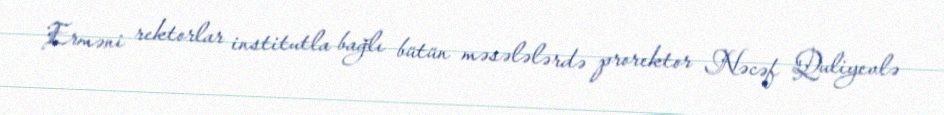
Erməni rektorlar institutla bağlı bütün məsələlərdə prorektor Nəcəf Quliyevlə